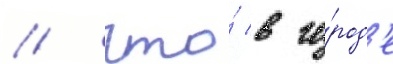
/ что́ в го́род'е